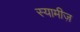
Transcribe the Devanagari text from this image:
स्यामीज़